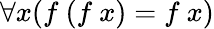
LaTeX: \forall x(f\ (f\ x)=f\ x)